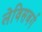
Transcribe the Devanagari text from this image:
लेविसबर्ग